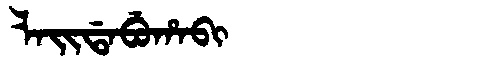
Manchu: ᠯᠠᡳᡩᠠᠪᡠᡥᠠᠪᡳ
Romanization: LAIDABUHABI